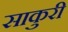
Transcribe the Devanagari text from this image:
साकुरी